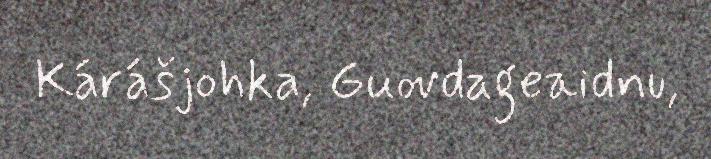
Kárášjohka, Guovdageaidnu,